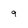
Character: 9